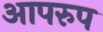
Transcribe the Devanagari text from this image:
आपरुप